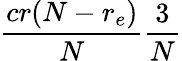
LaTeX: \frac{cr(N-r_{e})}{N}\frac{3}{N}